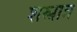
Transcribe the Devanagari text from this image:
शस्त्रात्र